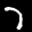
Label: 7